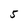
Character: 5